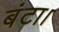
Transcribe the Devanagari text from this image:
बंटा।